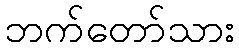
ဘက်တော်သား